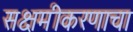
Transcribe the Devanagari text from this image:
सक्षमीकरणाचा